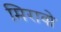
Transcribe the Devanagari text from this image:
मिरावो